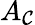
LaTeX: A_{\mathcal{C}}